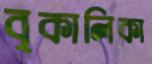
বৃকালিকা